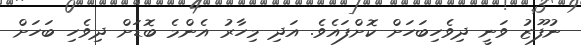
ނުފޫޒު ވަނީ ދިވެހިބަހަށް ކޮށްފައެވެ. އަދި މިހާރު އެންމެ ބޮޑަށް ދިވެހި ބަހަށް